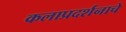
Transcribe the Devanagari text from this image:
कलाप्रदर्शनाचे